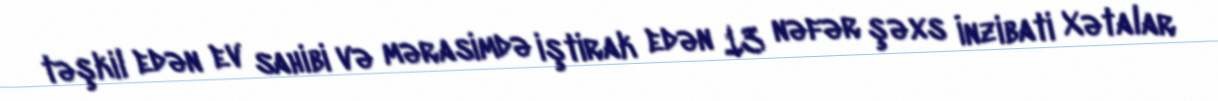
təşkil edən ev sahibi və mərasimdə iştirak edən 13 nəfər şəxs İnzibati Xətalar